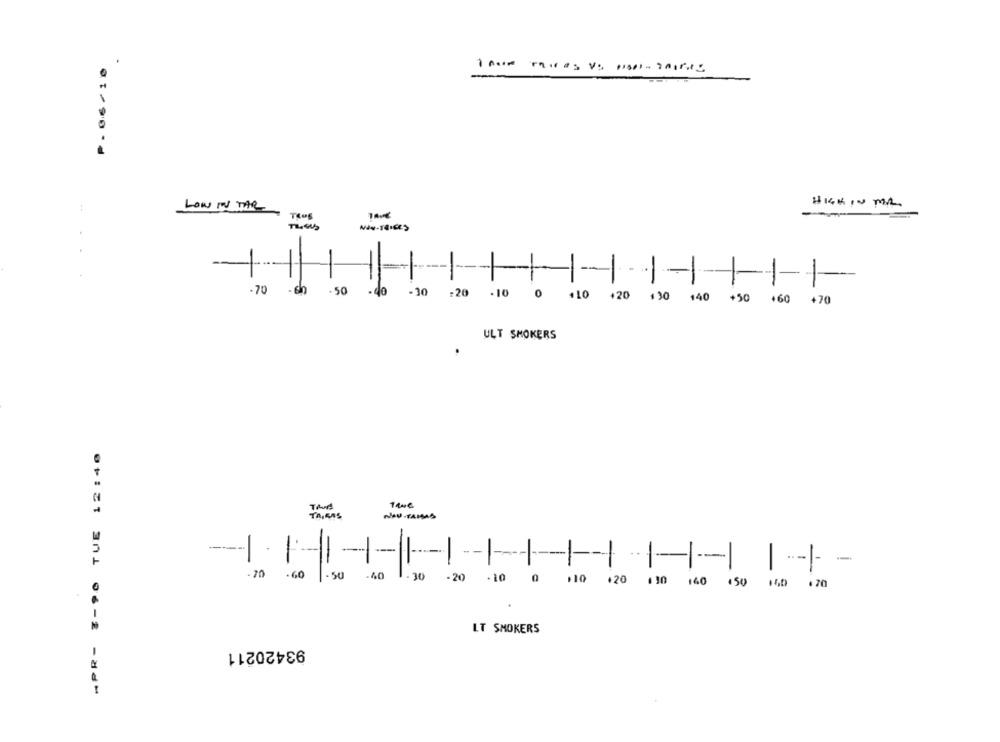
LOW IN TAR
HIGH IN MR
-
--
-
-1
-
-
.70 -60 -50
- do
-30
.20 .10 0 +10 +20 130 140 +50 +60 +70
ULT SMOKERS
APR- 3-90 TUE 12:40
Tand
TRIERS
NOU PRISAS
---
-
-
--
-
-
-
--- ----
.70
.60
. 50
.30
-20
.10
0
.10
.20
1 30 140 450 150 .70
LT SMOKERS
93420211